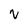
Character: v